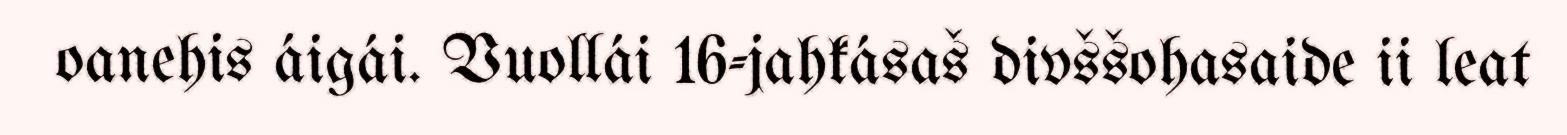
oanehis áigái. Vuollái 16-jahkásaš divššohasaide ii leat